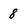
Character: 8